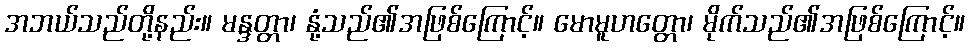
အဘယ်သည်တို့နည်း။ မန္ဒတ္တာ၊ နုံ့သည်၏အဖြစ်ကြောင့်။ မောမူဟတ္တော၊ မိုက်သည်၏အဖြစ်ကြောင့်။